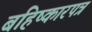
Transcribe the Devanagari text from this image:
बहिष्कारपत्र